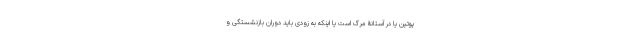
پوتین یا در آستانۀ مرگ است یا اینکه به زودی باید دوران بازنشستگی و